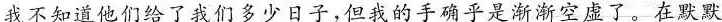
我不知道他们给了我们多少日子，但我的手确乎是渐渐空虚了。在默默